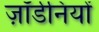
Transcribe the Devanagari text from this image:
ज़ॉर्डनियों